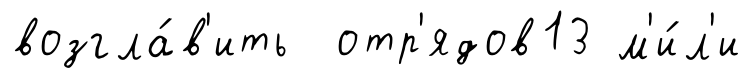
возгла́в'ить отр'ядов13 м'и́л'и